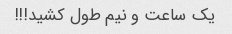
یک ساعت و نیم طول کشید!!!